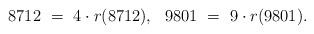
LaTeX: \begin{align*} 8712\ =\ 4\cdot r(8712),\ \ 9801\ = \ 9\cdot r(9801).\end{align*}